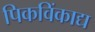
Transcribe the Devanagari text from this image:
पिकविंकाद्य